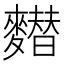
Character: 𪍲